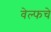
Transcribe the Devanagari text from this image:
वेल्फचे